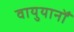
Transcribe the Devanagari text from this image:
वायुयानोँ